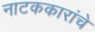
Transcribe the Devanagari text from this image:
नाटककारांचे